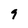
Character: 9